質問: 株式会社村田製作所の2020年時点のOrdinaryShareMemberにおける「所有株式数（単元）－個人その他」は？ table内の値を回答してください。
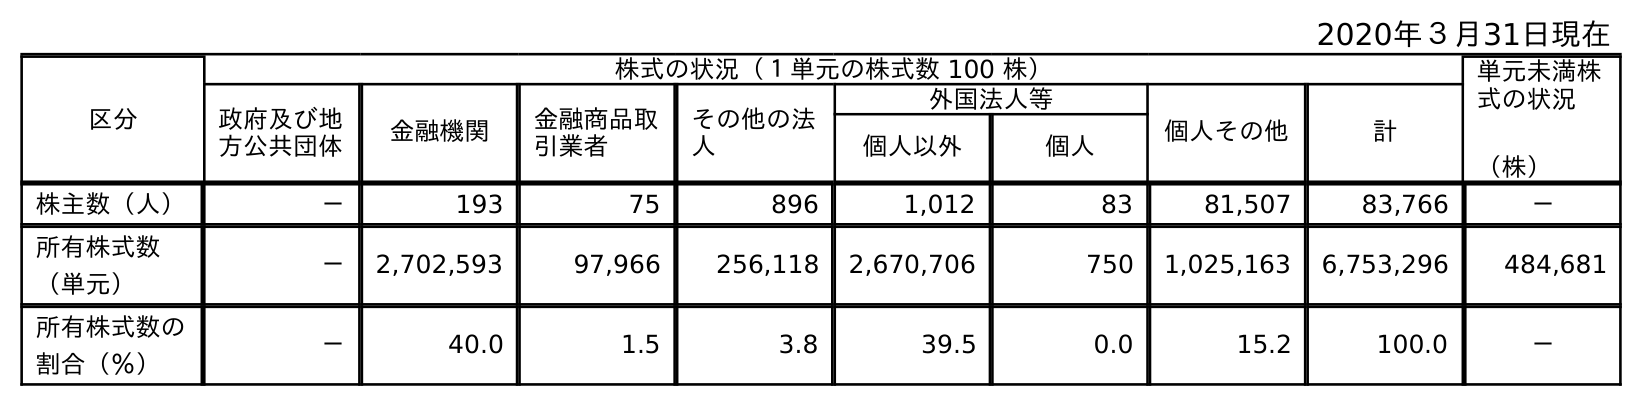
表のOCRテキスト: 2020年３月31日現在 区分 株式の状況（１単元の株式数 100 株） 単元未満株 式の状況 （株） 政府及び地 方公共団体 金融機関 金融商品取 引業者 その他の法 人 外国法人等 個人その他 計 個人以外 個人 株主数（人） － 193 75 896 1,012 83 81,507 83,766 － 所有株式数 （単元） － 2,702,593 97,966 256,118 2,670,706 750 1,025,163 6,753,296 484,681 所有株式数の 割合（％） － 40.0 1.5 3.8 39.5 0.0 15.2 100.0 －
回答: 1,025,163